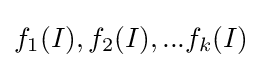
f_{1}(I),f_{2}(I),...f_{k}(I)